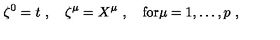
\zeta ^ { 0 } = t \ , \quad \zeta ^ { \mu } = X ^ { \mu } \ , \quad \mathrm { f o r } \mu = 1 , \ldots , p \ ,